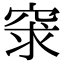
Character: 𥥽